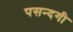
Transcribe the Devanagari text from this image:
पसन्दगी